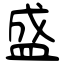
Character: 盛